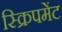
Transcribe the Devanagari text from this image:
स्क्रिपमेंट